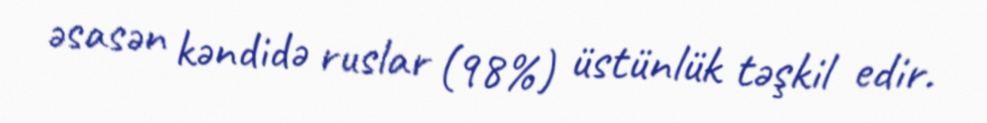
əsasən kəndidə ruslar (98%) üstünlük təşkil edir.